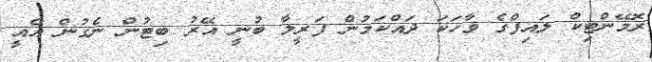
ރޮމޭންޓިކް ލައިފްގެ ވާހަކަ ދައްކަމުން ފަރީލާ ބުނީ އޭރު ބިޓުން ނެގުން އެއީ